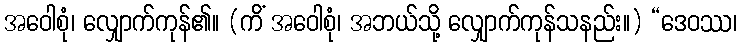
အဝေါစုံ၊ လျှောက်ကုန်၏။ (ကိံ အဝေါစုံ၊ အဘယ်သို့ လျှောက်ကုန်သနည်း။) “ဒေဝဿ၊